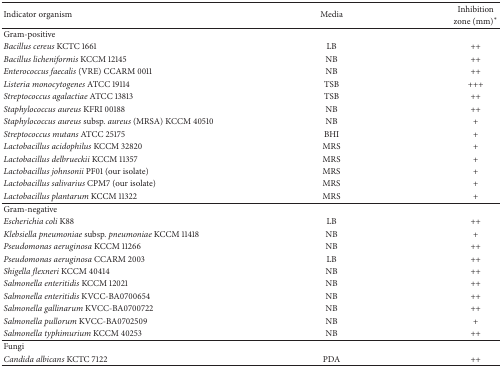
<table><thead><tr><td rowspan="2"><b>Indicator organism</b></td><td rowspan="2"><b>Media</b></td><td><b>Inhibition </b></td></tr><tr><td><b>zone (mm)<sup><i>∗</i></sup></b></td></tr></thead><tbody><tr><td>Gram-positive</td><td> </td><td> </td></tr><tr><td><i>Bacillus cereus </i>KCTC 1661</td><td>LB</td><td>++</td></tr><tr><td><i>Bacillus licheniformis </i>KCCM 12145 </td><td>NB</td><td>++</td></tr><tr><td><i>Enterococcus faecalis </i>(VRE) CCARM 0011</td><td>NB</td><td>++</td></tr><tr><td><i>Listeria monocytogenes </i>ATCC 19114 </td><td>TSB</td><td>+++</td></tr><tr><td><i>Streptococcus agalactiae </i>ATCC 13813</td><td>TSB</td><td>++</td></tr><tr><td><i>Staphylococcus aureus</i> KFRI 00188 </td><td>NB</td><td>++</td></tr><tr><td><i>Staphylococcus aureus </i>subsp.<i> aureus</i> (MRSA) KCCM 40510 </td><td>NB</td><td>+</td></tr><tr><td><i>Streptococcus mutans </i>ATCC 25175</td><td>BHI</td><td>+</td></tr><tr><td><i>Lactobacillus acidophilus </i>KCCM 32820</td><td>MRS</td><td>+</td></tr><tr><td><i>Lactobacillus delbrueckii</i> KCCM 11357</td><td>MRS</td><td>+</td></tr><tr><td><i>Lactobacillus johnsonii</i> PF01 (our isolate)</td><td>MRS</td><td>+</td></tr><tr><td><i>Lactobacillus salivarius</i> CPM7 (our isolate)</td><td>MRS</td><td>+</td></tr><tr><td><i>Lactobacillus plantarum</i> KCCM 11322</td><td>MRS</td><td>+</td></tr><tr><td>Gram-negative</td><td> </td><td> </td></tr><tr><td><i>Escherichia coli</i> K88 </td><td>LB</td><td>++</td></tr><tr><td><i>Klebsiella pneumoniae </i>subsp.<i> pneumoniae </i>KCCM 11418</td><td>NB</td><td>+</td></tr><tr><td><i>Pseudomonas aeruginosa</i> KCCM 11266</td><td>NB</td><td>++</td></tr><tr><td><i>Pseudomonas aeruginosa</i> CCARM 2003</td><td>LB</td><td>++</td></tr><tr><td><i>Shigella flexneri </i>KCCM 40414</td><td>NB</td><td>++</td></tr><tr><td><i>Salmonella enteritidis </i>KCCM 12021</td><td>NB</td><td>++</td></tr><tr><td><i>Salmonella enteritidis</i> KVCC-BA0700654</td><td>NB</td><td>++</td></tr><tr><td><i>Salmonella gallinarum </i>KVCC-BA0700722</td><td>NB</td><td>++</td></tr><tr><td><i>Salmonella pullorum</i> KVCC-BA0702509</td><td>NB</td><td>+</td></tr><tr><td><i>Salmonella typhimurium</i> KCCM 40253 </td><td>NB</td><td>++</td></tr><tr><td>Fungi</td><td> </td><td> </td></tr><tr><td><i>Candida albicans </i>KCTC 7122</td><td>PDA</td><td>++</td></tr></tbody></table>